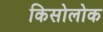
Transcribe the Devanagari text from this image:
किसोलोक